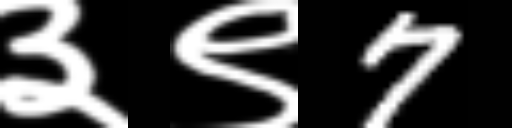
Text: ३९7